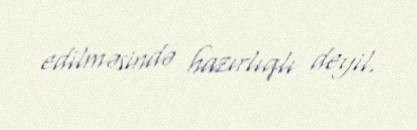
edilməsində hazırlıqlı deyil.